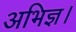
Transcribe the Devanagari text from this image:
अभिज्ञ।